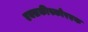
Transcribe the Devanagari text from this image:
एक्सकीस्कोरएक